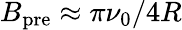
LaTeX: B_{\mathrm{pre}}\approx\pi\nu_{0}/4R